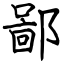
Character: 鄙